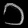
Digit: ၁